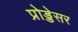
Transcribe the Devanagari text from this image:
प्रोड्डेसर